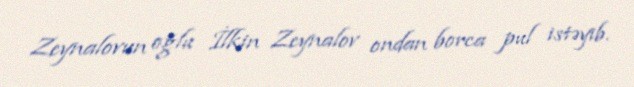
Zeynalovun oğlu İlkin Zeynalov ondan borca pul istəyib.